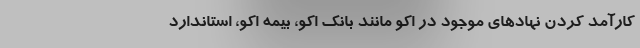
کارآمد کردن نهادهای موجود در اکو مانند بانک اکو، بیمه اکو، استاندارد